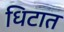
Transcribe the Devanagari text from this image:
धिटात